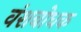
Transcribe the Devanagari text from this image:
वंशबोधक